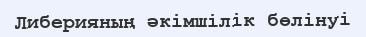
Либерияның әкімшілік бөлінуі